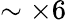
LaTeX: \sim\times 6